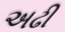
અઢી